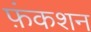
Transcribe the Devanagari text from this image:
फ़ंकशन